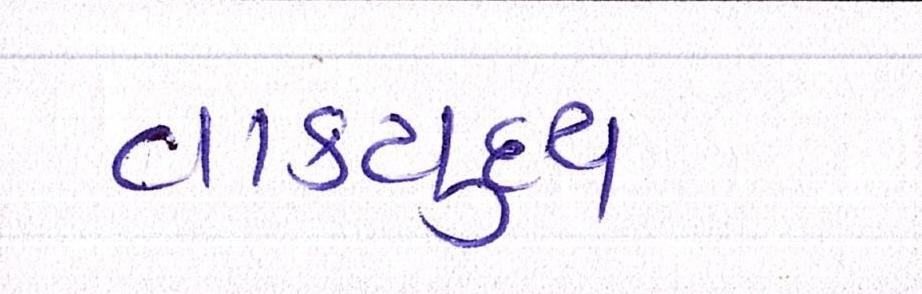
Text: વાકયુદ્ધ